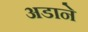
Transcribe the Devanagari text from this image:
अडाने